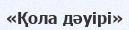
«Қола дәуірі»